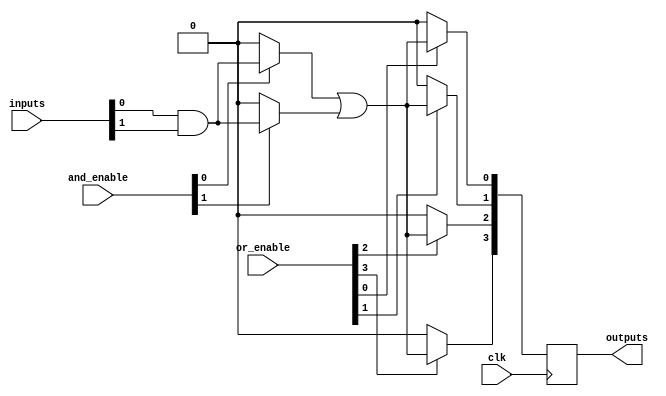
module RPAL #(
    parameter NUM_INPUTS = 8,  // Number of input lines
    parameter NUM_AND_GATES = 4, // Number of programmable AND gates
    parameter NUM_OR_GATES = 4,  // Number of programmable OR gates
    parameter NUM_OUTPUTS = 4     // Number of registered outputs
)(
    input wire [NUM_INPUTS-1:0] inputs, // Input lines
    input wire [NUM_AND_GATES-1:0] and_enable, // Control signals for AND gates
    input wire [NUM_OR_GATES-1:0] or_enable,   // Control signals for OR gates
    input wire clk,                       // Clock input
    output reg [NUM_OUTPUTS-1:0] outputs // Registered outputs
);

    // Internal wires for AND gate outputs
    wire [NUM_AND_GATES-1:0] and_outputs [NUM_INPUTS-1:0];

    // Programmable AND Array
    genvar i, j;
    generate
        for (i = 0; i < NUM_AND_GATES; i = i + 1) begin : and_array
            assign and_outputs[i] = (and_enable[i]) ? (inputs[0] & inputs[1]) : 1'b0; // Example: AND gate configuration
            // Extend this logic to include more inputs based on your programming needs
        end
    endgenerate

    // Internal wire for OR gate outputs
    wire [NUM_OUTPUTS-1:0] or_outputs;

    // Programmable OR Array
    generate
        for (j = 0; j < NUM_OUTPUTS; j = j + 1) begin : or_array
            assign or_outputs[j] = (or_enable[j]) ? (and_outputs[0] | and_outputs[1]) : 1'b0; // Example: OR gate configuration
            // Extend this logic to include more AND outputs based on your programming needs
        end
    endgenerate

    // Registered Outputs
    always @(posedge clk) begin
        outputs <= or_outputs;
    end

endmodule